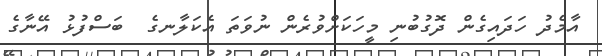
އާމެދު ހަދައިގެން ދޮގުބުނި މީހަކަށްވުރެން ނުވަތަ އެކަލާނގެ  ބަސްފުޅު އޭނާގެ